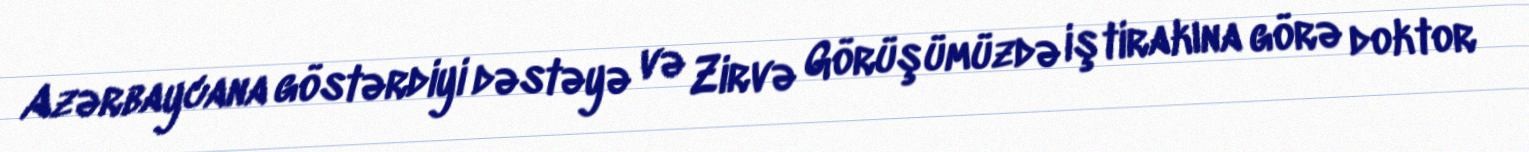
Azərbaycana göstərdiyi dəstəyə və Zirvə Görüşümüzdə iştirakına görə doktor